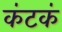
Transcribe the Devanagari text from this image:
कंटकं